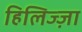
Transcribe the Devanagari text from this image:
हिलिज्ज़ा